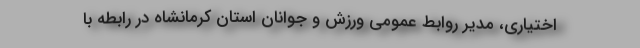
اختیاری، مدیر روابط عمومی ورزش و جوانان استان کرمانشاه در رابطه با